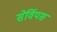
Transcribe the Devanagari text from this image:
सेर्वियस